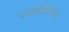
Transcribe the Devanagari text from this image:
प्य्थागोरियन